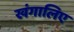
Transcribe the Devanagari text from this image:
खंगालिए